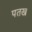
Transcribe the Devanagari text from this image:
पतख